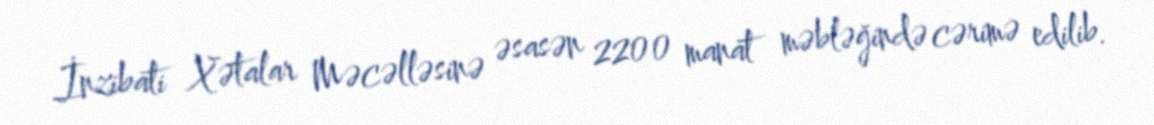
İnzibati Xətalar Məcəlləsinə əsasən 2200 manat məbləğində cərimə edilib.